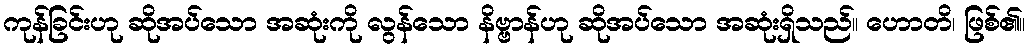
ကုန်ခြင်းဟု ဆိုအပ်သော အဆုံးကို လွန်သော နိဗ္ဗာန်ဟု ဆိုအပ်သော အဆုံးရှိသည်။ ဟောတိ၊ ဖြစ်၏။